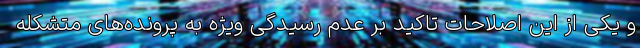
و یکی از این اصلاحات تاکید بر عدم رسیدگی ویژه به پرونده‌های متشکله